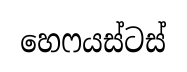
හෙෆයස්ටස්